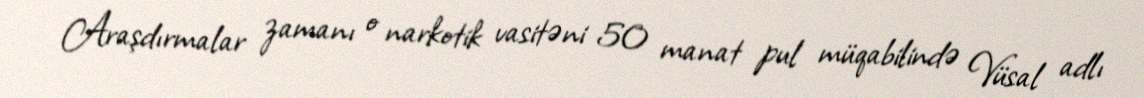
Araşdırmalar zamanı o narkotik vasitəni 50 manat pul müqabilində Vüsal adlı